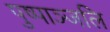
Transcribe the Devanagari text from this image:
पुष्पाञ्जलि